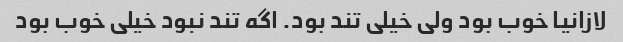
لازانیا خوب بود ولی خیلی تند بود. اگه تند نبود خیلی خوب بود